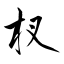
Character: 杈